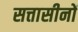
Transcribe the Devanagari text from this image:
सत्तासीनों